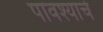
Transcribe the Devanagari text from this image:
पावश्याचे